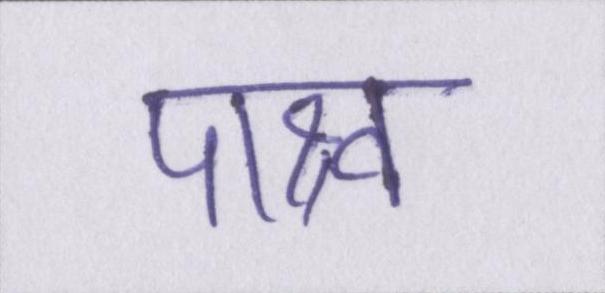
पाश्र्व